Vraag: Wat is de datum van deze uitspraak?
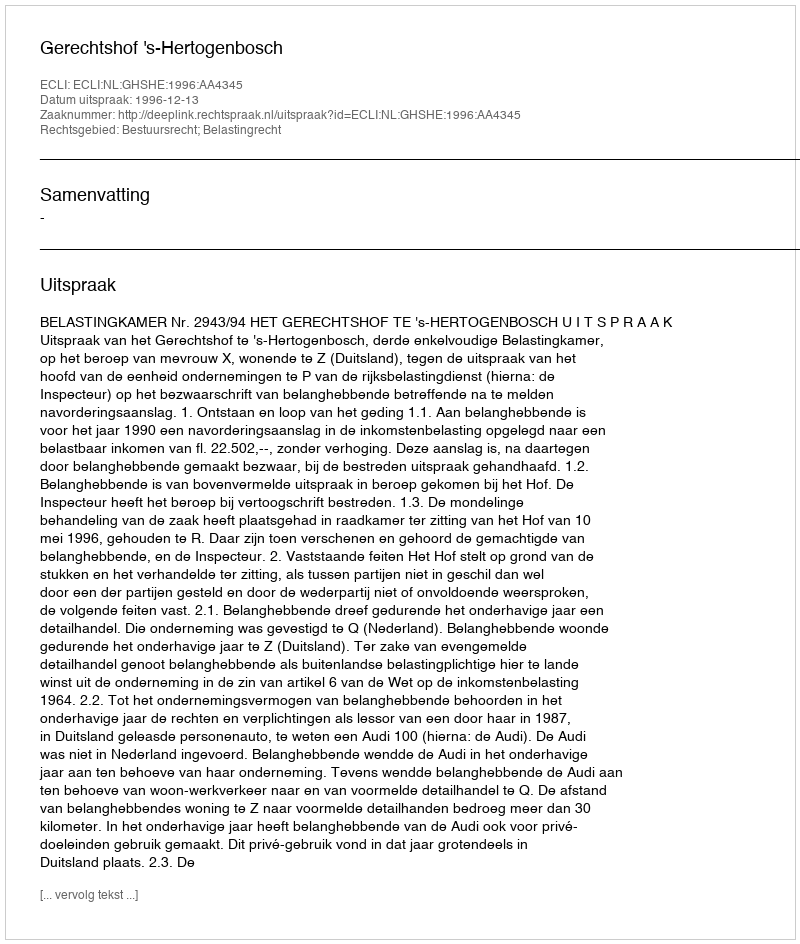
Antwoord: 1996-12-13